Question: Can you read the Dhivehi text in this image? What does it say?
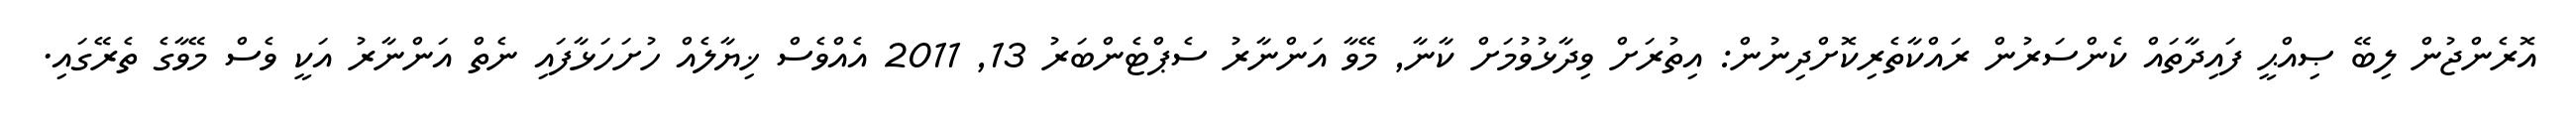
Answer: އޮރެންޖުން ލިބޭ ޞިއްޙީ ފައިދާތައް ކެންސަރުން ރައްކާތެރިކޮށްދިނުން: އިތުރަށް ވިދާޅުވުމަށް ކާނާ, މޭވާ އަންނާރު ސެޕްޓެންބަރު 13, 2011 އެއްވެސް ޚިޔާލެއް ހުށަހަޅާފައި ނެތް އަންނާރު އަކީ ވެސް މޭވާގެ ތެރޭގައި.